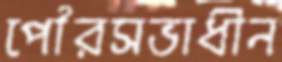
পৌরসভাধীন